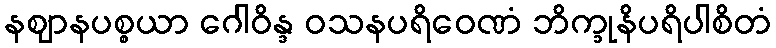
နဈာနပစ္စယာ ဂေါဝိန္ဒ ဝသနပရိဝေဏံ ဘိက္ခုနိပရိပါစိတံ